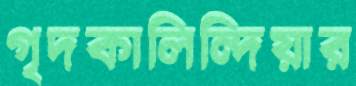
গৃদকালিন্দিয়ার